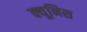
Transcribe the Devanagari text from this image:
क्यूनिस